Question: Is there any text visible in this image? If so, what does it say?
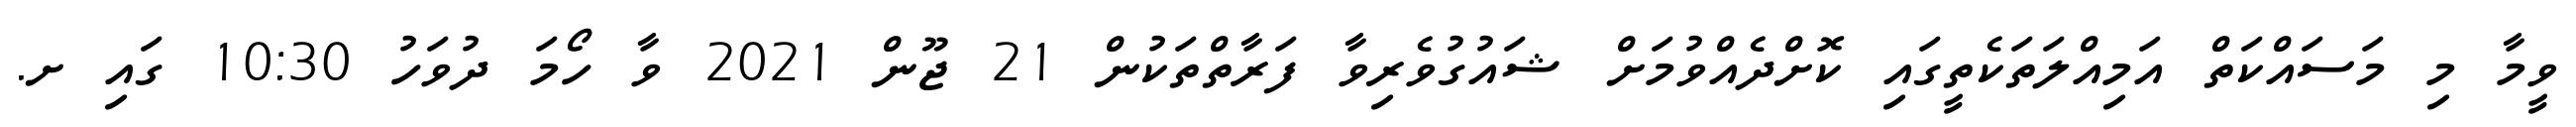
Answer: ވީމާ މި މަސައްކަތް އަމިއްލަތަކެތީގައި ކޮށްދެއްވުމަށް ޝައުގުވެރިވާ ފަރާތްތަކުން 21 ޖޫން 2021 ވާ ހޯމަ ދުވަހު 10:30 ގައި ށ.